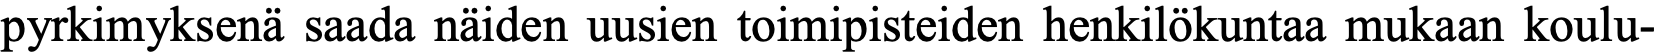
pyrkimyksenä saada näiden uusien toimipisteiden henkilökuntaa mukaan koulu-